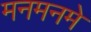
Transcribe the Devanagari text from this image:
मनमनमे